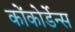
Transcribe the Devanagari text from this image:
कोंकोर्डेन्स